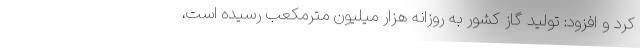
کرد و افزود: تولید گاز کشور به روزانه هزار میلیون مترمکعب رسیده است،